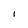
Character: I